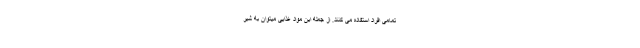
تمامی افراد استفاده می کنند. از جمله این مواد غذایی میتوان به شیر